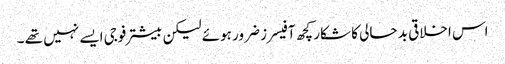
اس اخلاقی بد حالی کا شکار کچھ آفیسرز ضرور ہوئے لیکن بیشتر فوجی ایسے نہیں تھے ۔